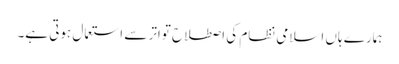
ہمارے ہاں اسلامی نظام کی اصطلاح تواتر سے استعمال ہوتی ہے۔